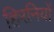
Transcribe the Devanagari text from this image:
हिरनियों